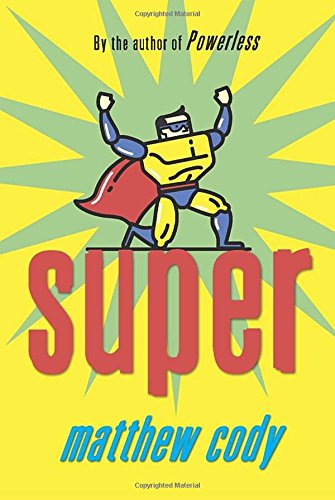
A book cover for Super (Supers of Noble's Green); Matthew Cody; Children's Books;